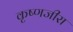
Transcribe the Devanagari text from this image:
कृष्णजीरा